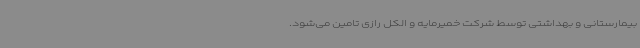
بیمارستانی و بهداشتی توسط شرکت خمیرمایه و الکل رازی تامین می‌شود.